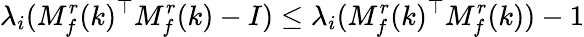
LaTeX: \lambda_{i}(M_{f}^{r}(k)^{\top}M_{f}^{r}(k)-I)\leq\lambda_{i}(M_{f}^{r}(k)^{\top}M_{f}^{r}(k))-1